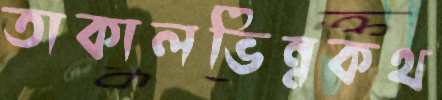
তাকালভিন্নকথ